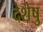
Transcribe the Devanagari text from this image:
देशेषु